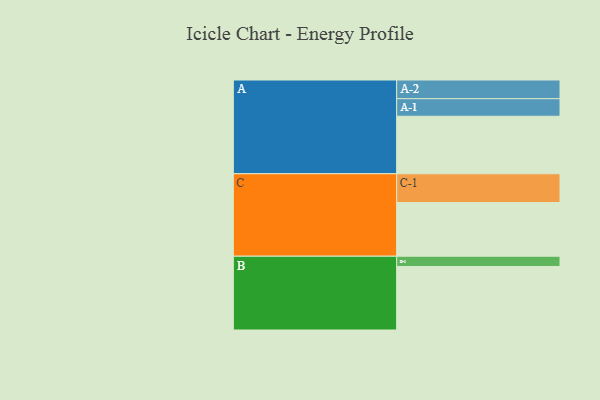
{"axis": {"x": "Segment", "y": "Value"}, "legend": ["", "A", "B", "C"], "data": [{"x": "A", "y": 449, "type": ""}, {"x": "B", "y": 496, "type": ""}, {"x": "C", "y": 419, "type": ""}, {"x": "A-1", "y": 137, "type": "A"}, {"x": "A-2", "y": 146, "type": "A"}, {"x": "B-1", "y": 80, "type": "B"}, {"x": "C-1", "y": 225, "type": "C"}]}